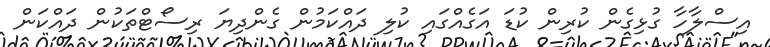
އިސްލާހާ ގުޅިގެން ކުރިން ކުޑަ އަގެއްގައި ކުލި ދައްކަމުން ގެންދިޔަ ރިސޯޓްތަކުން ދައްކަން